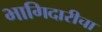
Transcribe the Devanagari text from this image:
भागिदारीचा